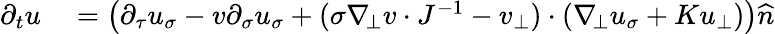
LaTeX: \begin{array}{rl}{\partial_{t}u}&{{}=\left(\partial_{\tau}u_{\sigma}-v\partial_{\sigma}u_{\sigma}+(\sigma\nabla_{\! \bot}v\cdot J^{-1}-v_{\bot})\cdot(\nabla_{\! \bot}u_{\sigma}+Ku_{\bot})\right)\widehat{n}}\end{array}